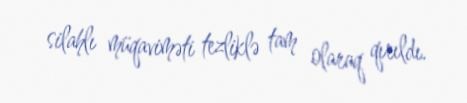
silahlı müqaviməti tezliklə tam olaraq qırıldı.